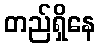
တည်ရှိနေ